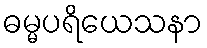
ဓမ္မပရိယေသနာ